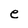
Character: e